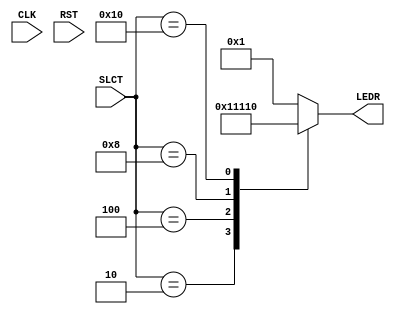
module LEDS (input            CLK, RST,
             input [4:0]      SLCT,
             output reg [4:0] LEDR);
   always @(*) begin
      case(SLCT)
        5'b00010: LEDR = 5'b00010;
        5'b00100: LEDR = 5'b00100;
        5'b01000: LEDR = 5'b01000;
        5'b10000: LEDR = 5'b10000;
        default   LEDR = 5'b00001;
      endcase
   end
endmodule